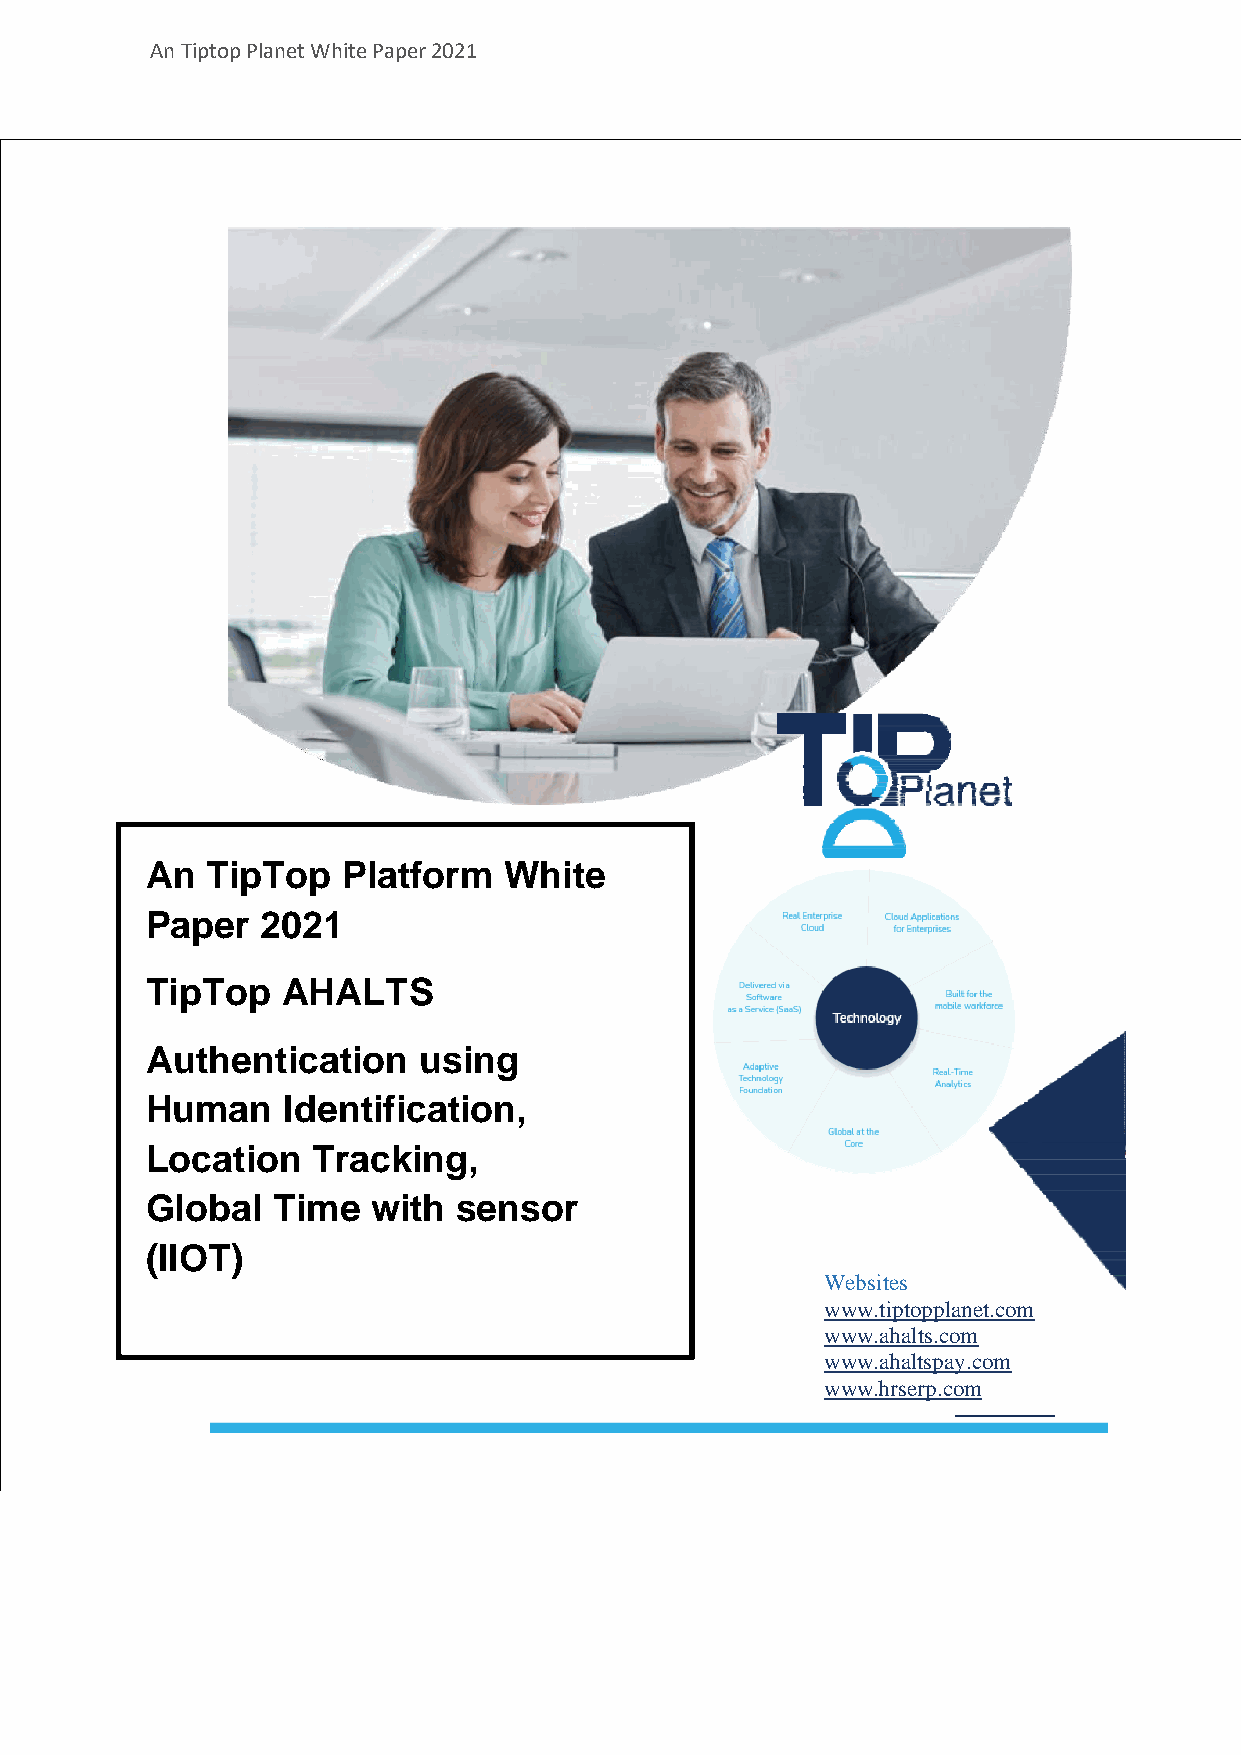
An Tiptop Planet White Paper 2021
 An  TipTop   Platform  White
 Paper  2021
 TipTop   AHALTS
 Authentication    using
 Human    Identification,
 Location   Tracking,
 Global  Time   with sensor
 (IIOT)
 Websites
 www.tiptopplanet.com
 www.ahalts.com
 www.ahaltspay.com
 www.hrserp.com